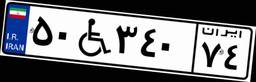
۵۰W۳۴۰۷۴